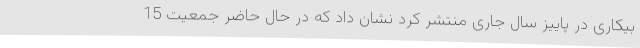
بیکاری در پاییز سال جاری منتشر کرد نشان داد که در حال حاضر جمعیت 15